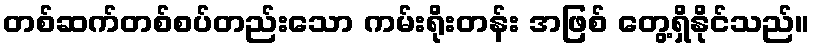
တစ်ဆက်တစ်စပ်တည်းသော ကမ်းရိုးတန်း အဖြစ် တွေ့ရှိနိုင်သည်။